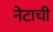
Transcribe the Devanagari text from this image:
नेटाची